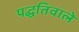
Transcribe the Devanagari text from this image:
पद्धतिवाले